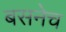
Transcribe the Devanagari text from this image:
बसनेच